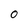
Character: O